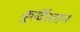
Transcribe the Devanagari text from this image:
कूर्दिस्तान